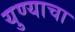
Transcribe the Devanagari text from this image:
युण्याचा